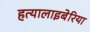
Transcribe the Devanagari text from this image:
हत्यालाइबेरिया